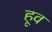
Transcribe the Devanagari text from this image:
हूव